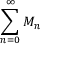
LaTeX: \sum _ { n = 0 } ^ { \infty } M _ { n }